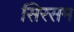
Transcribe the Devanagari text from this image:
सिरसम